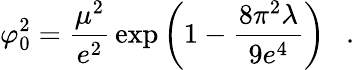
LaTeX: \varphi_{0}^{2}={\frac{\mu^{2}}{e^{2}}}\exp\left(1-{\frac{8\pi^{2}\lambda}{9e^{4}}}\right)~~~.